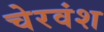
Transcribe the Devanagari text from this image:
चेरवंश